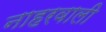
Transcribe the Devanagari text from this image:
नाहरवाली